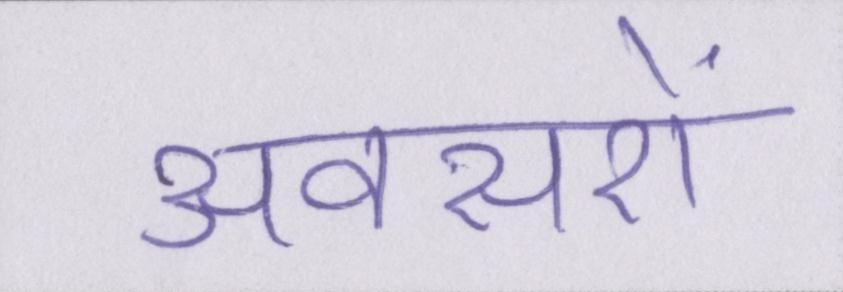
अवसरों